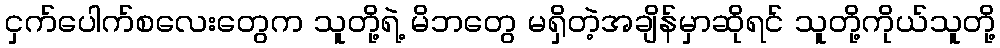
ငှက်ပေါက်စလေးတွေက သူတို့ရဲ့ မိဘတွေ မရှိတဲ့အချိန်မှာဆိုရင် သူတို့ကိုယ်သူတို့